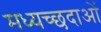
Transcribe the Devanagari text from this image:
मध्यच्छदाओं